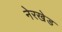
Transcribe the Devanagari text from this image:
नेरखेड